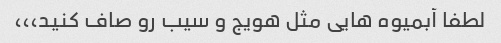
لطفا آبمیوه هایی مثل هویج و سیب رو صاف کنید،،،